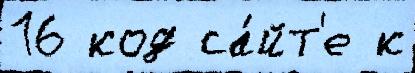
16 код са́йт'е к